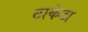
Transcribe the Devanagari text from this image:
टाकेडा